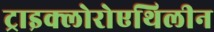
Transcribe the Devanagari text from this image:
ट्राइक्लोरोएथिलीन